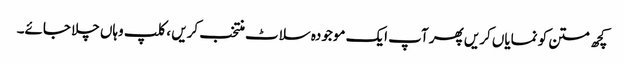
کچھ متن کو نمایاں کریں پھر آپ ایک موجودہ سلاٹ منتخب کریں ، کلپ وہاں چلا جائے۔